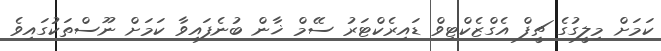
ކަމަށް މިލީގުގެ ޗީފް އެގްޒެކްޓިވް ޑައިރެކްޓަރު ސޭމް ޚާން ބުނެފައިވާ ކަމަށް ނޫސްތަކުގައިވެ